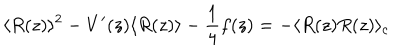
LaTeX: \langle R ( z ) \rangle ^ { 2 } - V ^ { \prime } ( z ) \langle R ( z ) \rangle - \frac { 1 } { 4 } f ( z ) = - \langle R ( z ) R ( z ) \rangle _ { c }